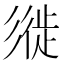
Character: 𢒩